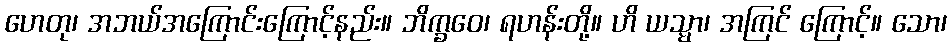
ဟေတု၊ အဘယ်အကြောင်းကြောင့်နည်း။ ဘိက္ခဝေ၊ ရဟန်းတို့။ ဟိ ယသ္မာ၊ အကြင် ကြောင့်။ သော၊